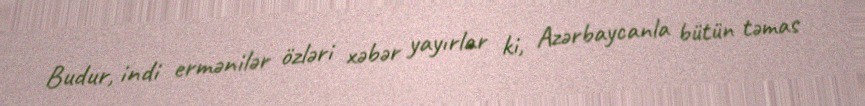
Budur, indi ermənilər özləri xəbər yayırlar ki, Azərbaycanla bütün təmas